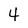
Character: 4